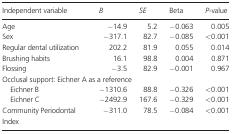
| Independent variable | B | SE | Beta | P‐value |
 | --- | --- | --- | --- | --- |
 | Age | −14.9 | 5.2 | −0.063 | 0.005 |
 | Sex | −317.1 | 82.7 | −0.085 | <0.001 |
 | Regular dental utilization | 202.2 | 81.9 | 0.055 | 0.014 |
 | Brushing habits | 16.1 | 98.8 | 0.004 | 0.871 |
 | Flossing | −3.5 | 82.9 | −0.001 | 0.967 |
 | <COLSPAN=5> Occlusal support: Eichner A as a reference |
 | Eichner B | −1310.6 | 88.8 | −0.326 | <0.001 |
 | Eichner C | −2492.9 | 167.6 | −0.329 | <0.001 |
 | Community Periodontal Index | −311.0 | 78.5 | −0.084 | <0.001 |